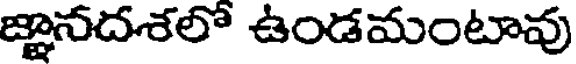
జ్ఞానదశలో ఉండమంటావు